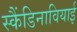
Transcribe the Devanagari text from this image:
स्कैंडिनावियाई